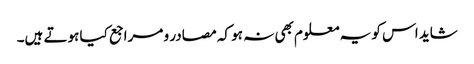
شاید اس کو یہ معلوم بھی نہ ہو کہ مصادر و مراجع کیا ہوتے ہیں۔